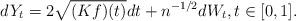
LaTeX: \begin{align*}dY_t = 2\sqrt{(Kf)(t)} dt + n^{-1/2} dW_t, t\in [0,1].\end{align*}